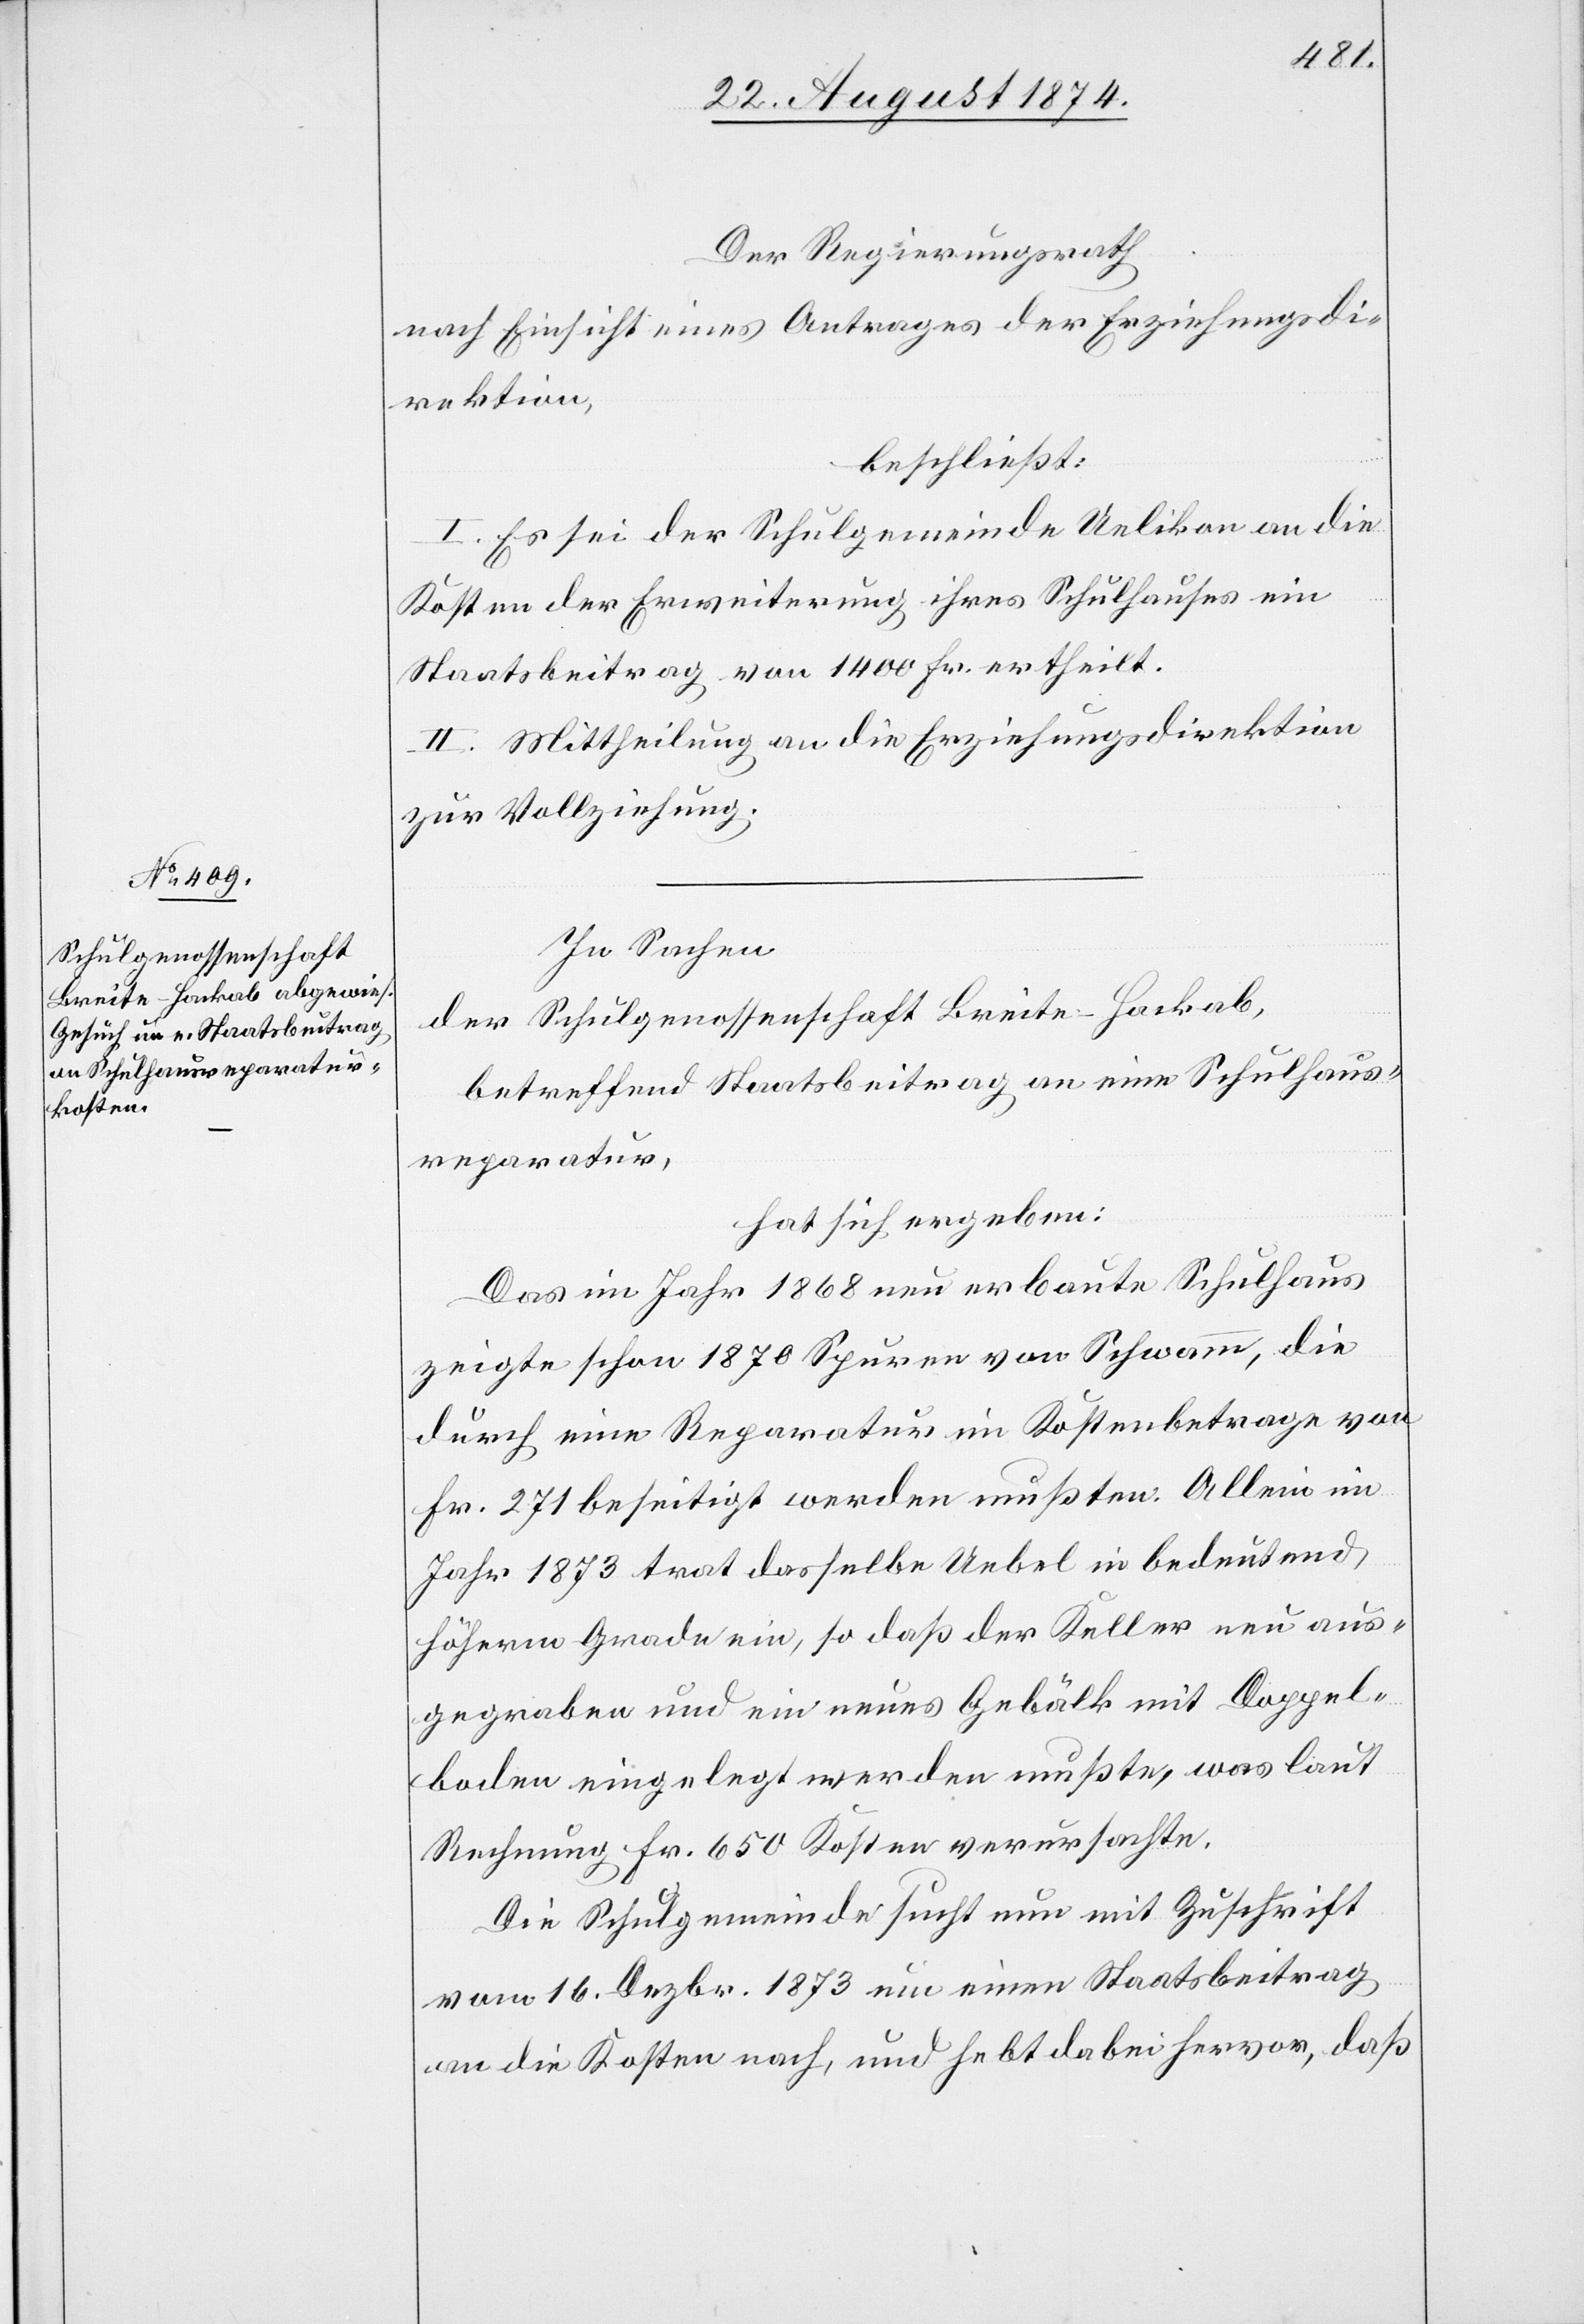
In Sachen
der Schulgenossenschaft Breite-Hackab,
betreffend Staatsbeitrag an eine Schulhaus¬
reparatur,
hat sich ergeben:
Das im Jahr 1868 neu erbaute Schulhaus
zeigte schon 1870 Spuren von Schwamm, die
durch eine Reparatur im Kostenbetrage von
Fr. 271 beseitigt werden mußten. Allein im
Jahr 1873 trat dasselbe Uebel in bedeutend
höherm Grade ein, so daß der Keller neu aus¬
gegraben und ein neues Gebälk mit Doppel¬
boden eingelegt werden mußte, was laut
Rechnung Fr. 650 Kosten verursachte.
Die Schulgemeinde sucht nun mit Zuschrift
vom 16. Dezbr. 1873 um einen Staatsbeitrag
an die Kosten nach, und hebt dabei hervor, daß